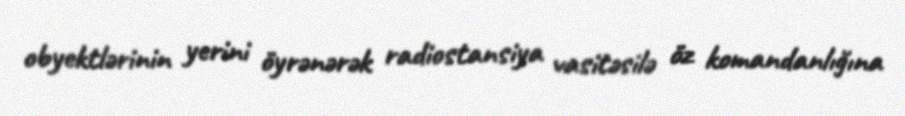
obyektlərinin yerini öyrənərək radiostansiya vasitəsilə öz komandanlığına